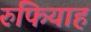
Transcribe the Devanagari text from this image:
रुफियाह